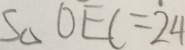
S \Delta O E C = 2 4